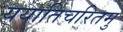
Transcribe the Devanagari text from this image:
ययातिचरितमु